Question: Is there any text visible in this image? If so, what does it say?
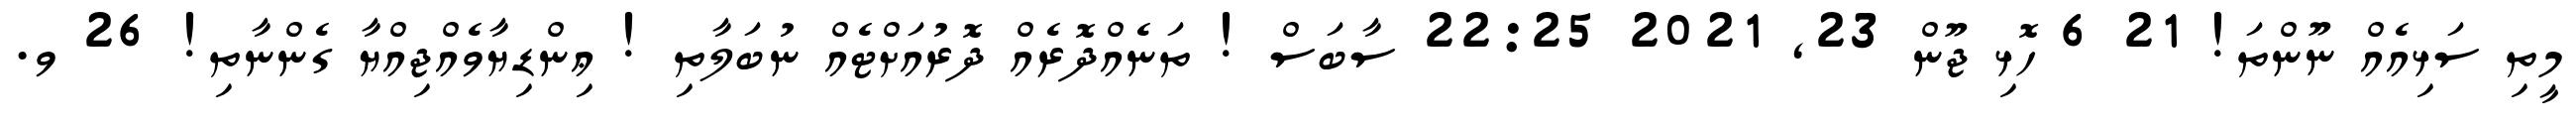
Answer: މީތި ސަޅިއެއް ނޫންތަ! 21 6 ހޮޅި ޖޫން 23, 2021 22:25 ސާބަސް ! ތަނެއްދޮރެއް ދޮރުއަށްޓެއް ނުބަލާތި ! ޢިންޑިޔާވެއްޖިއްޔާ ގެންނާތި! 26 ވ.